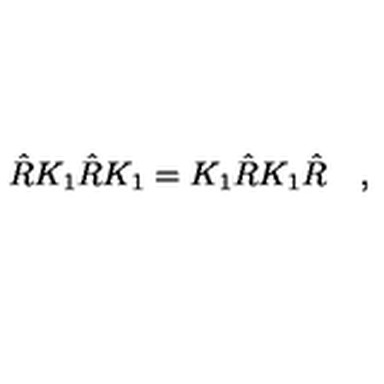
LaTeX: \hat { R } K _ { 1 } \hat { R } K _ { 1 } = K _ { 1 } \hat { R } K _ { 1 } \hat { R } \quad ,